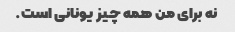
نه برای من همه چیز یونانی است.